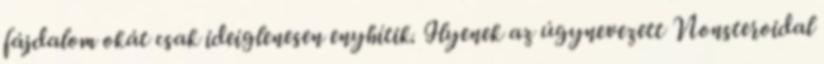
fájdalom okát csak ideiglenesen enyhítik. Ilyenek az úgynevezett Nonsteroidal